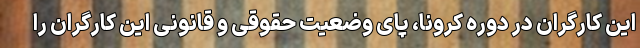
این کارگران در دوره کرونا، پای وضعیت حقوقی و قانونی این کارگران را